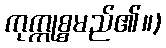
ကုက္ကုစ္စမည်၏။)